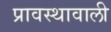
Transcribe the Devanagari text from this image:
प्रावस्थावाली